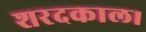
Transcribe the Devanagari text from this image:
शरदकाल।